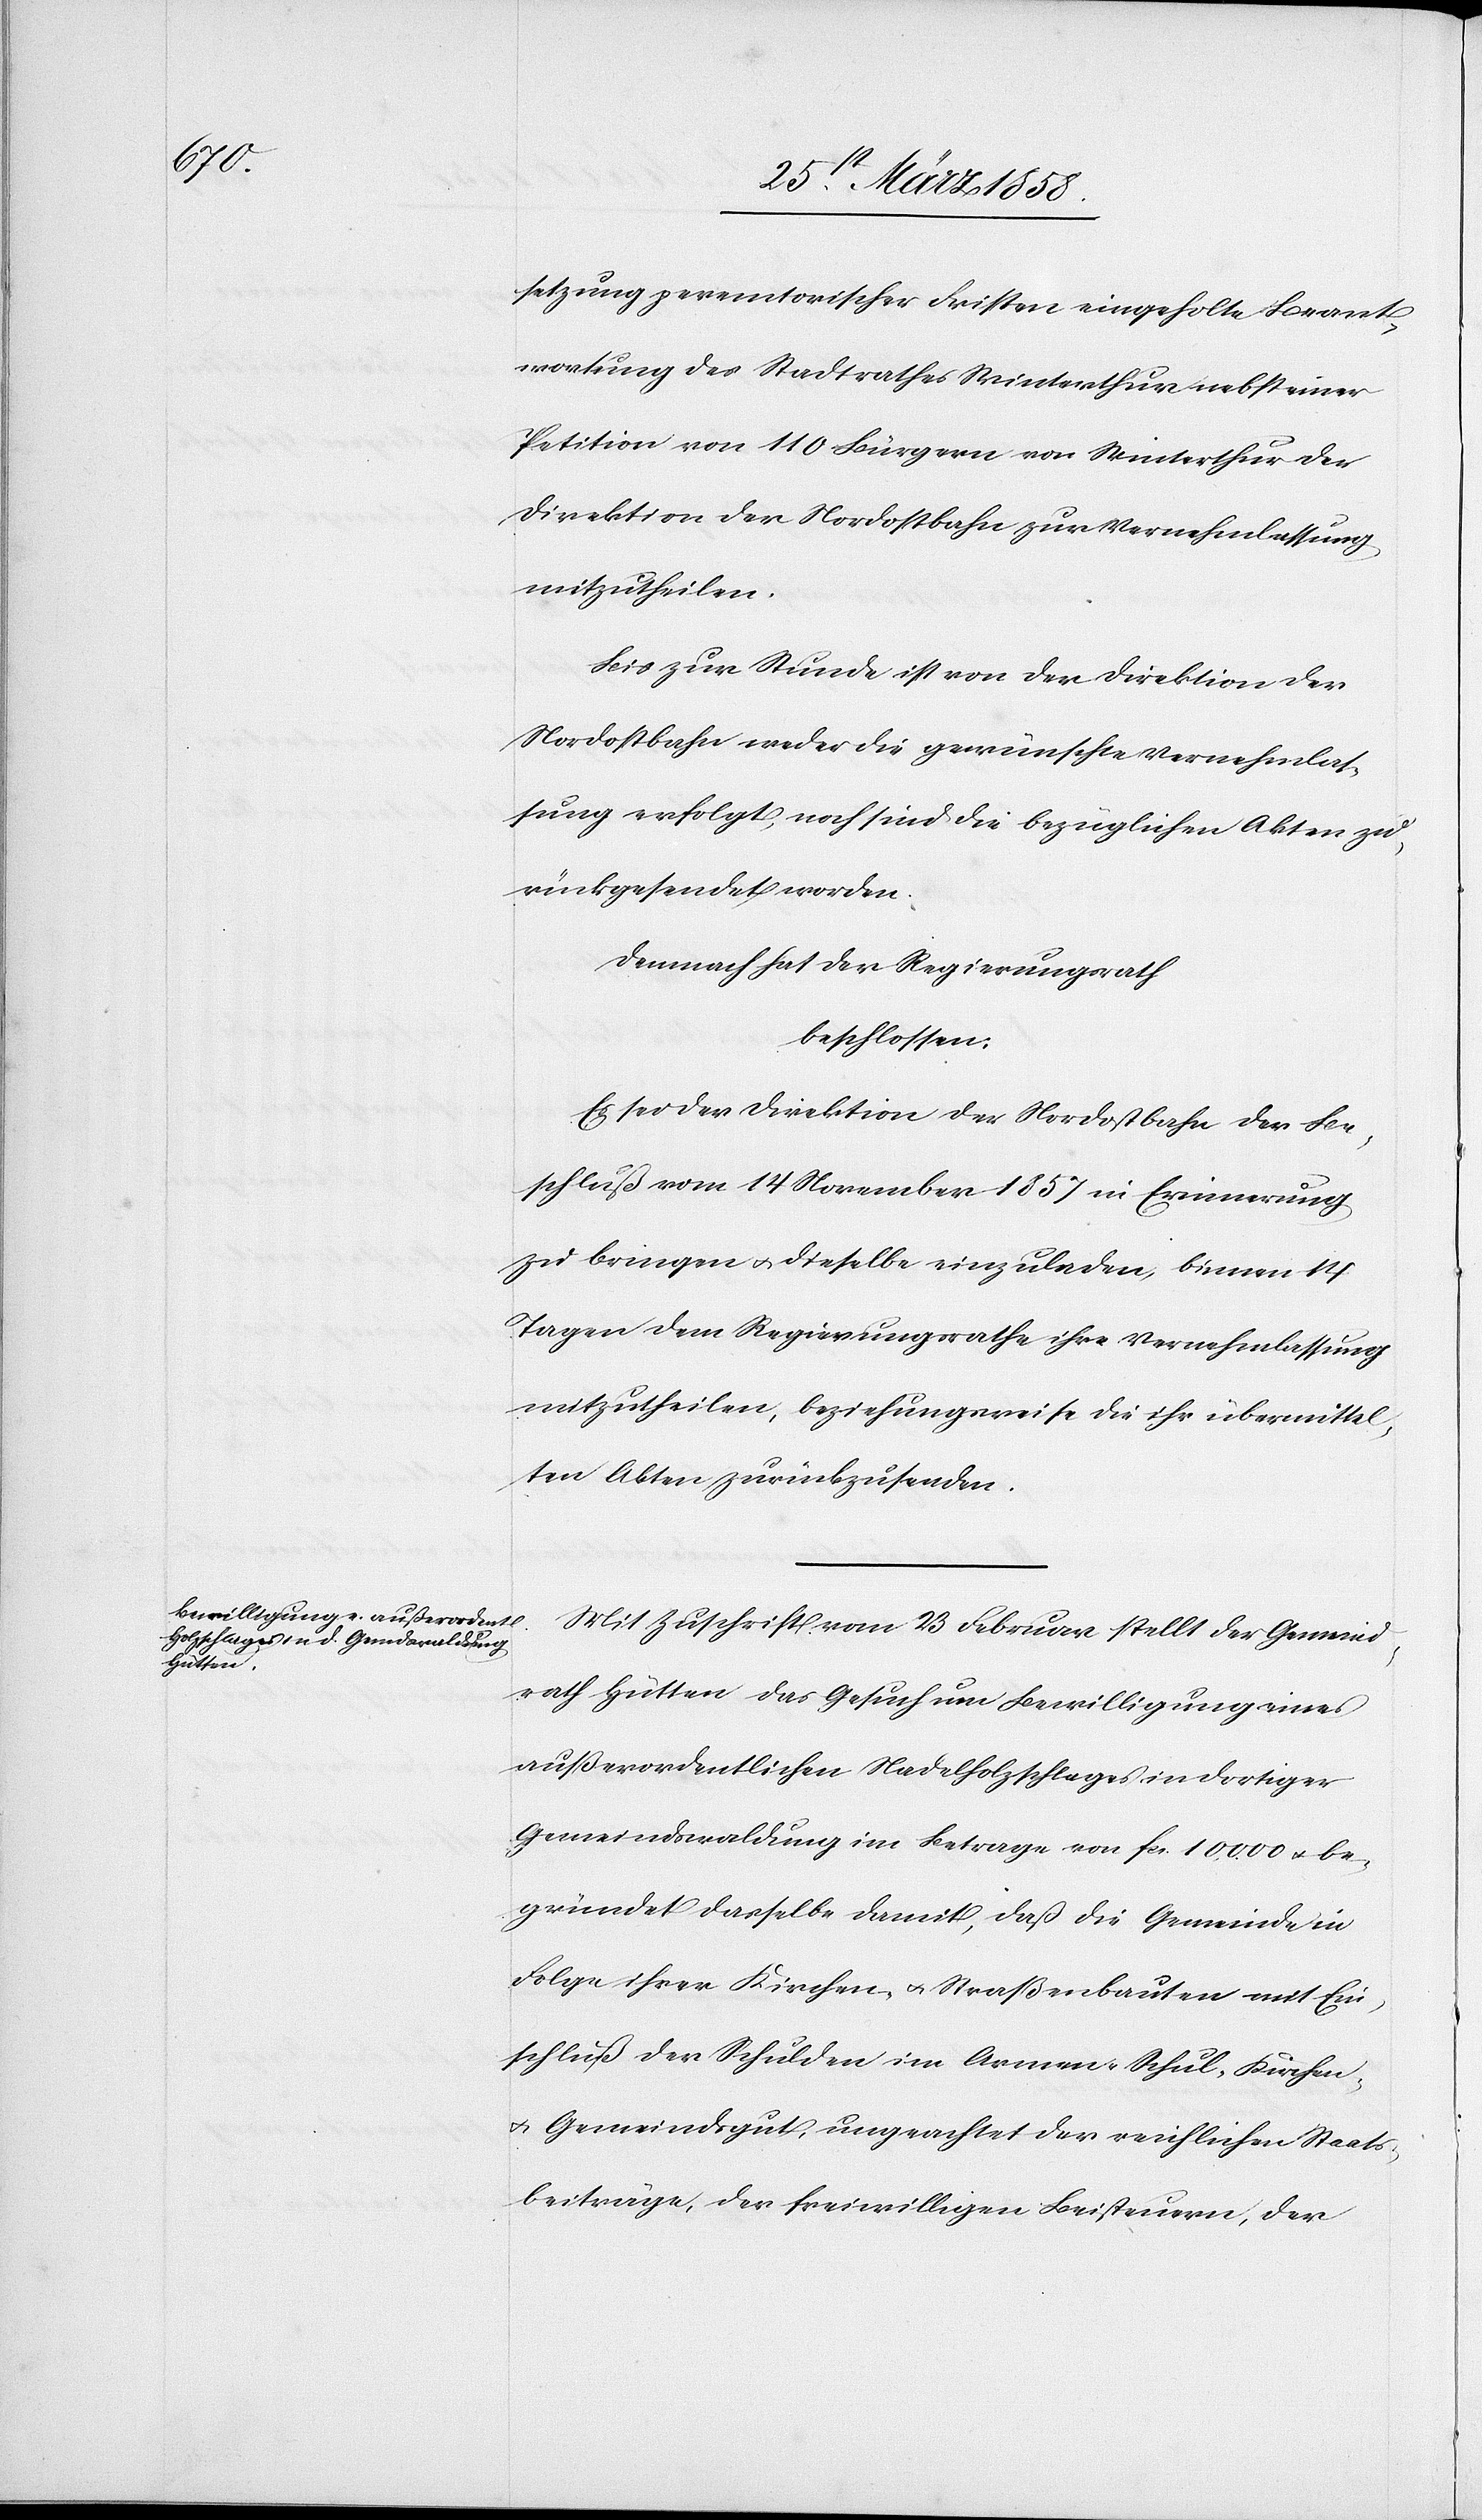
setzung peremotorischer Fristen eingeholte Beant¬
wortung des Stadtrathes Winterthur nebst einer
Petition von 110 Bürgern von Winterthur der
Direktion der Nordostbahn zur Vernehmlassung
mitzutheilen.
Bis zur Stunde ist von der Direktion der
Nordostbahn weder die gewünschte Vernehmlas¬
sung erfolgt, noch sind die bezüglichen Akten zu¬
rückgesendet worden.
Demnach hat der Regierungsrath
beschlossen:
Es sei der Direktion der Nordostbahn der Be¬
schluß vom 14. November 1857 in Erinnerung
zu bringen u. dieselbe einzuladen, binnen 14
Tagen dem Regierungsrathe ihre Vernehmlassung
mitzutheilen, beziehungsweise die ihr übermittel¬
ten Akten zurückzusenden.
Mit Zuschrift vom 23. Februar stellt der Gemeind¬
rath Hütten das Gesuch um Bewilligung eines
außerordentlichen Nadelholzschlages in dortiger
Gemeindswaldung im Betrage von fcs. 10,000 u. be¬
gründet dasselbe damit, daß die Gemeinde in
Folge ihrer Kirchen- u. Straßenbauten mit Ein¬
schluß der Schulden im Armen-[,] Schul-[,] Kirchen-
u. Gemeindsgut, ungeachtet der reichlichen Staats¬
beiträge, der freiwilligen Beisteuern, der